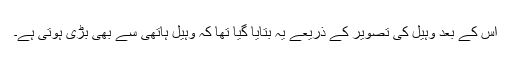
اس کے بعد وہیل کی تصویر کے ذریعے یہ بتایا گیا تھا کہ وہیل ہاتھی سے بھی بڑی ہوتی ہے۔